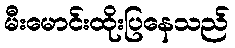
မီးမောင်းထိုးပြနေသည်